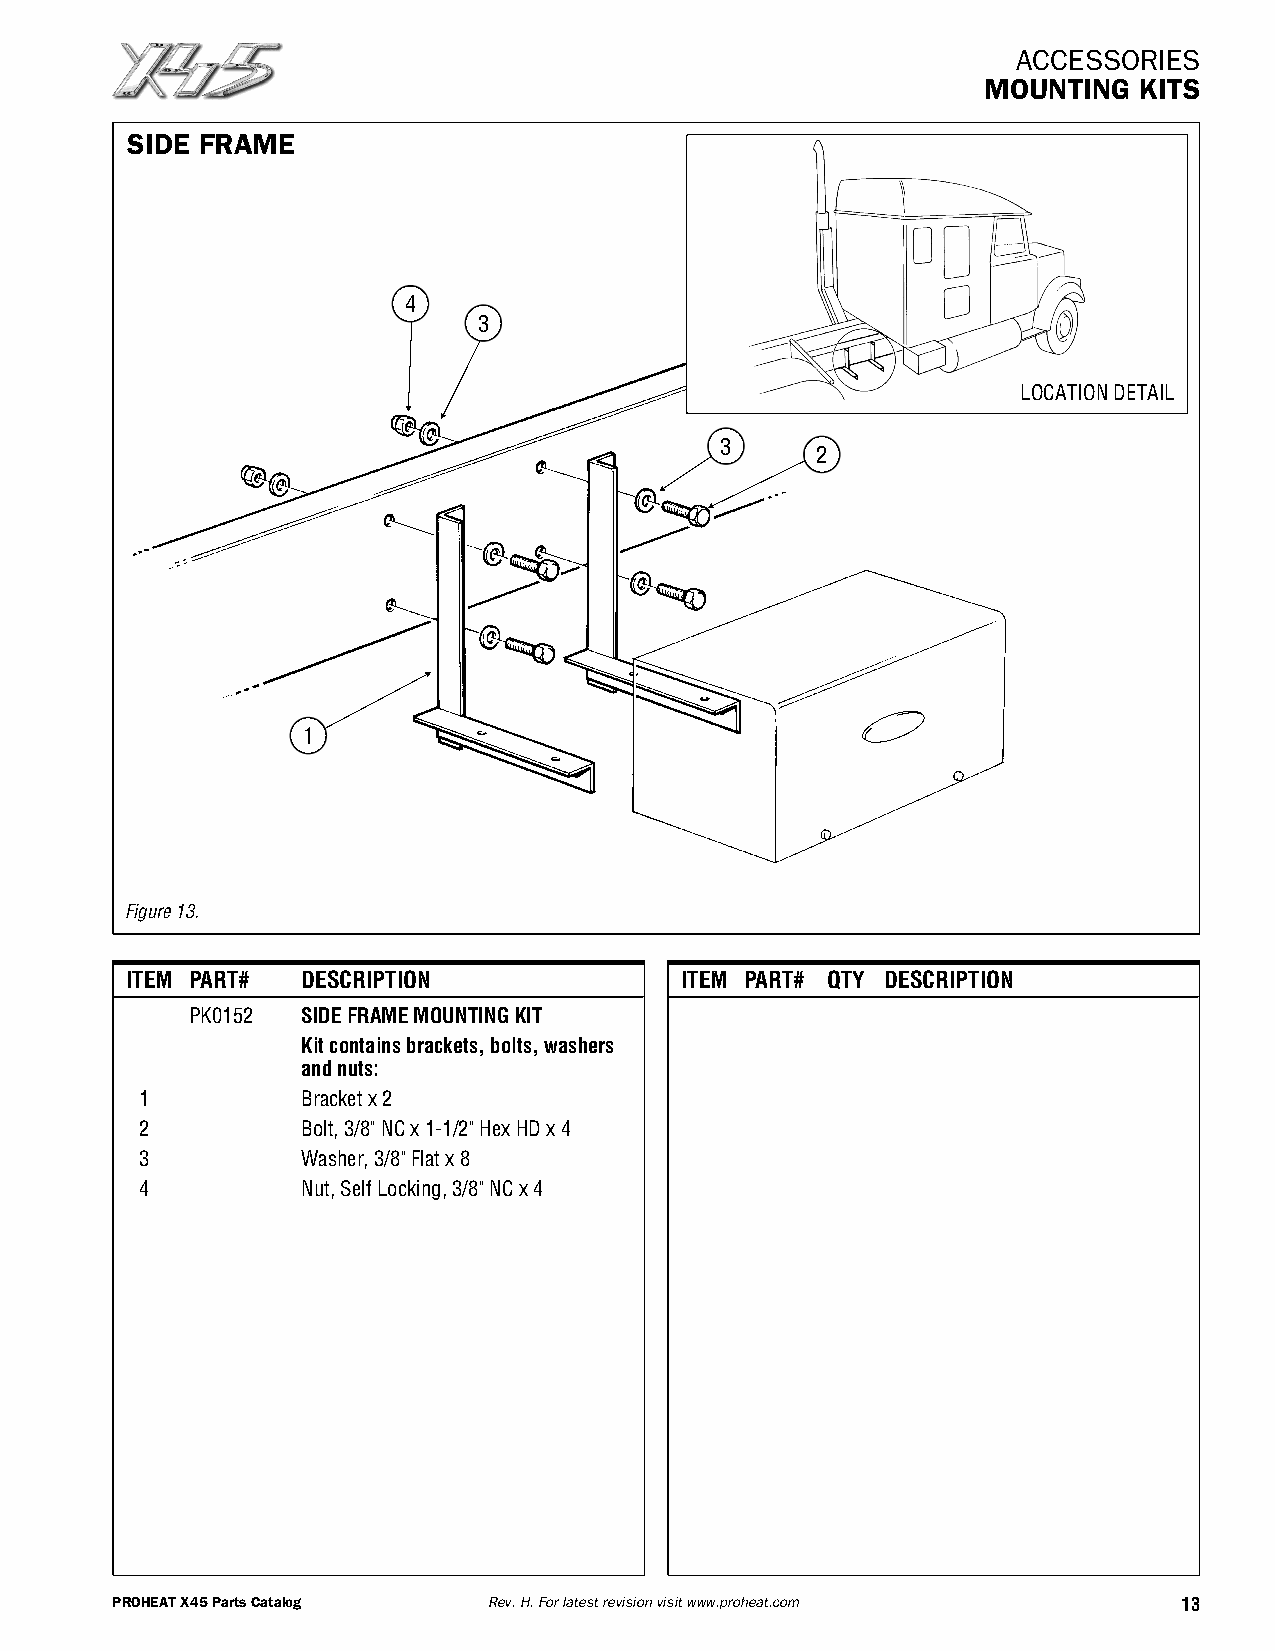
ACCESSORIES
 MOUNTING  KITS
 SIDE FRAME
 4
 3
 LOCATIONDETAIL
 3
 2
 1
 Figure13.
 ITEM PART#  DESCRIPTION              ITEM PART# QTY DESCRIPTION
 PK0152  SIDEFRAMEMOUNTINGKIT
 Kitcontainsbrackets,bolts,washers
 andnuts:
 1          Bracketx2
 2          Bolt,3/8"NCx1-1/2"HexHDx4
 3          Washer,3/8"Flatx8
 4          Nut,SelfLocking,3/8"NCx4
 PROHEATX45PartsCatalog   Rev.H.Forlatestrevisionvisitwww.proheat.com   13